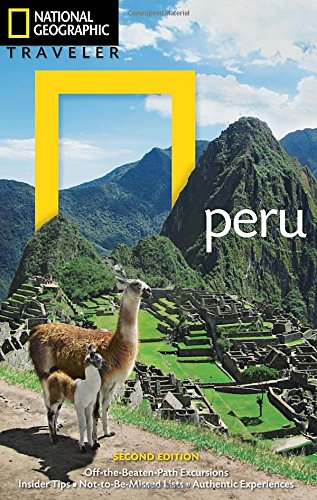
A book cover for National Geographic Traveler: Peru, 2nd Edition; Rob Rachowiecki; Travel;